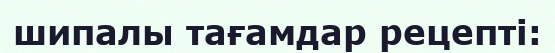
шипалы тағамдар рецепті: